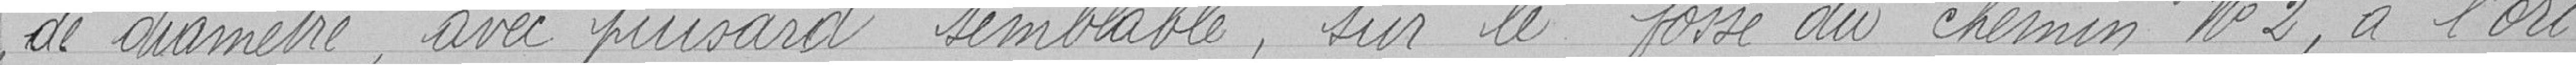
de diamètre, avec puisard semblable, sur le fossé du chemin n°2, à l'ori-